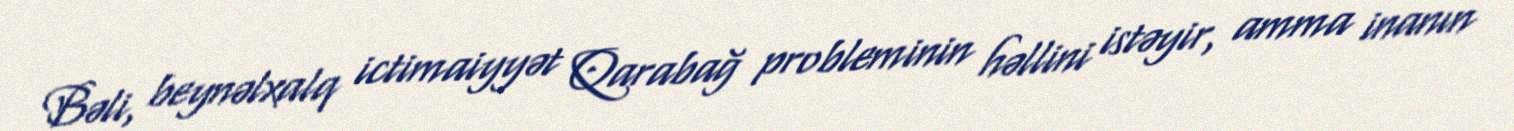
Bəli, beynəlxalq ictimaiyyət Qarabağ probleminin həllini istəyir, amma inanın